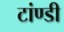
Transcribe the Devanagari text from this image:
टांण्डी